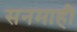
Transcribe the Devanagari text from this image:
सनमाही